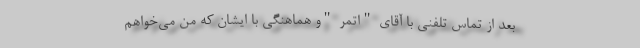
بعد از تماس تلفنی با آقای "اتمر "و هماهنگی با ایشان که من می‌خواهم